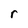
Character: r